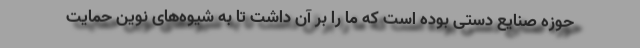
حوزه صنایع دستی بوده است که ما را بر آن داشت تا به شیوه‌های نوین حمایت